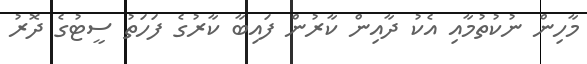
މާހިން ނުކުތުމާއި އެކު ދާއިން ކާރުން ފައިބާ ކާރުގެ ފަހަތު ސީޓުގެ ދޮރު